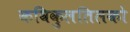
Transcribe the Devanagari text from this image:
कविकुलतिलको